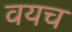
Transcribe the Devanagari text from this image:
वयच